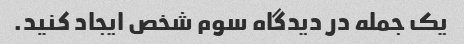
یک جمله در دیدگاه سوم شخص ایجاد کنید.